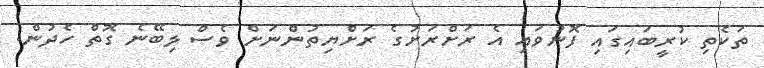
ތަކެތި ކުރީބައިގައި ފޮނުވައި އެ ރަށްރަށުގެ ރަށްޔިތުންނަށް ވެސް ލިބޭނެ ގޮތް ހެދުން.